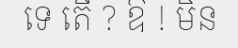
ទេ តើ ? ឱ ! មិន